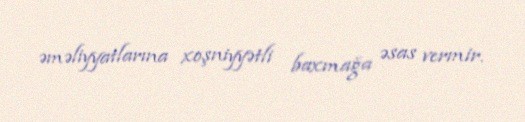
əməliyyatlarına xoşniyyətli baxmağa əsas vermir.